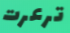
ترعرت